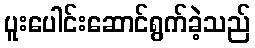
ပူးပေါင်းဆောင်ရွက်ခဲ့သည်